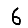
Digit: 6